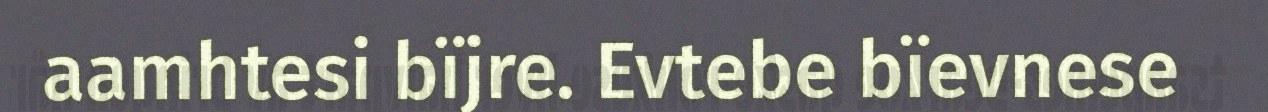
aamhtesi bïjre. Evtebe bïevnese